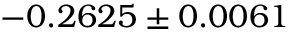
- 0 . 2 6 2 5 \pm 0 . 0 0 6 1